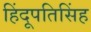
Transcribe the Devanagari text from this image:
हिंदूपतिसिंह